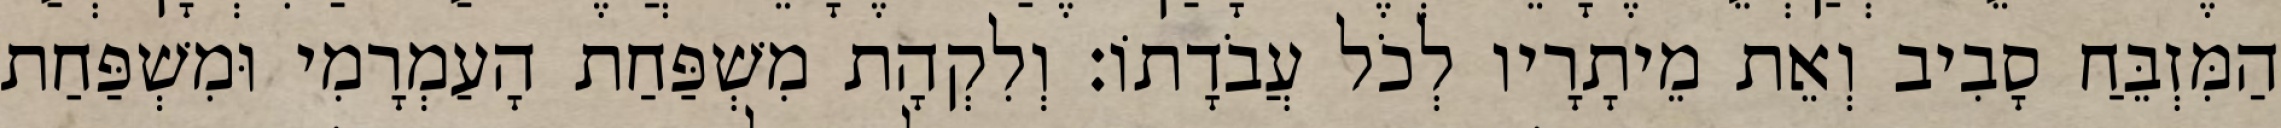
הַמִּזְבֵּחַ סָבִיב וְאֵת מֵיתָרָיו לְכֹל עֲבֹדָתוֹ׃ וְלִקְהָת מִשְׁפַּחַת הָעַמְרָמִי וּמִשְׁפַּחַת